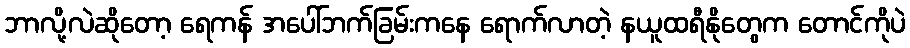
ဘာလို့လဲဆိုတော့ ရေကန် အပေါ်ဘက်ခြမ်းကနေ ရောက်လာတဲ့ နယူထရီနိုတွေက တောင်ကိုပဲ